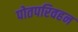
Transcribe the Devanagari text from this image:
पोतपरिवहन